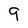
Character: 9